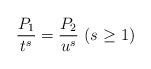
LaTeX: \begin{align*}\frac{P_1}{t^s}=\frac{P_2}{u^s}\ \mbox{($s\geq$ 1)}\end{align*}